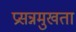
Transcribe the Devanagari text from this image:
प्रसन्नमुखता